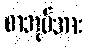
စာအုပ်အား